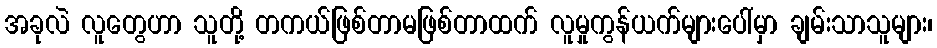
အခုလဲ လူတွေဟာ သူတို့ တကယ်ဖြစ်တာမဖြစ်တာထက် လူမှုကွန်ယက်များပေါ်မှာ ချမ်းသာသူများ၊